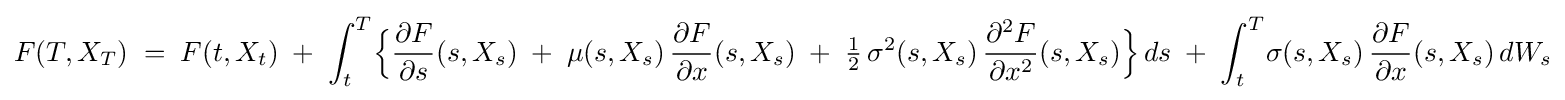
F(T,X_{T})\;=\;F(t,X_{t})\;+\;\int _{t}^{T}\!{\Bigl \{}{\frac {\partial F}{\partial s}}(s,X_{s})\;+\;\mu (s,X_{s})\,{\frac {\partial F}{\partial x}}(s,X_{s})\;+\;{\tfrac {1}{2}}\,\sigma ^{2}(s,X_{s})\,{\frac {\partial ^{2}F}{\partial x^{2}}}(s,X_{s}){\Bigr \}}\,ds\;+\;\int _{t}^{T}\!\sigma (s,X_{s})\,{\frac {\partial F}{\partial x}}(s,X_{s})\,dW_{s}